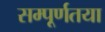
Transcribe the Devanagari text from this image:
सम्पूर्णतया